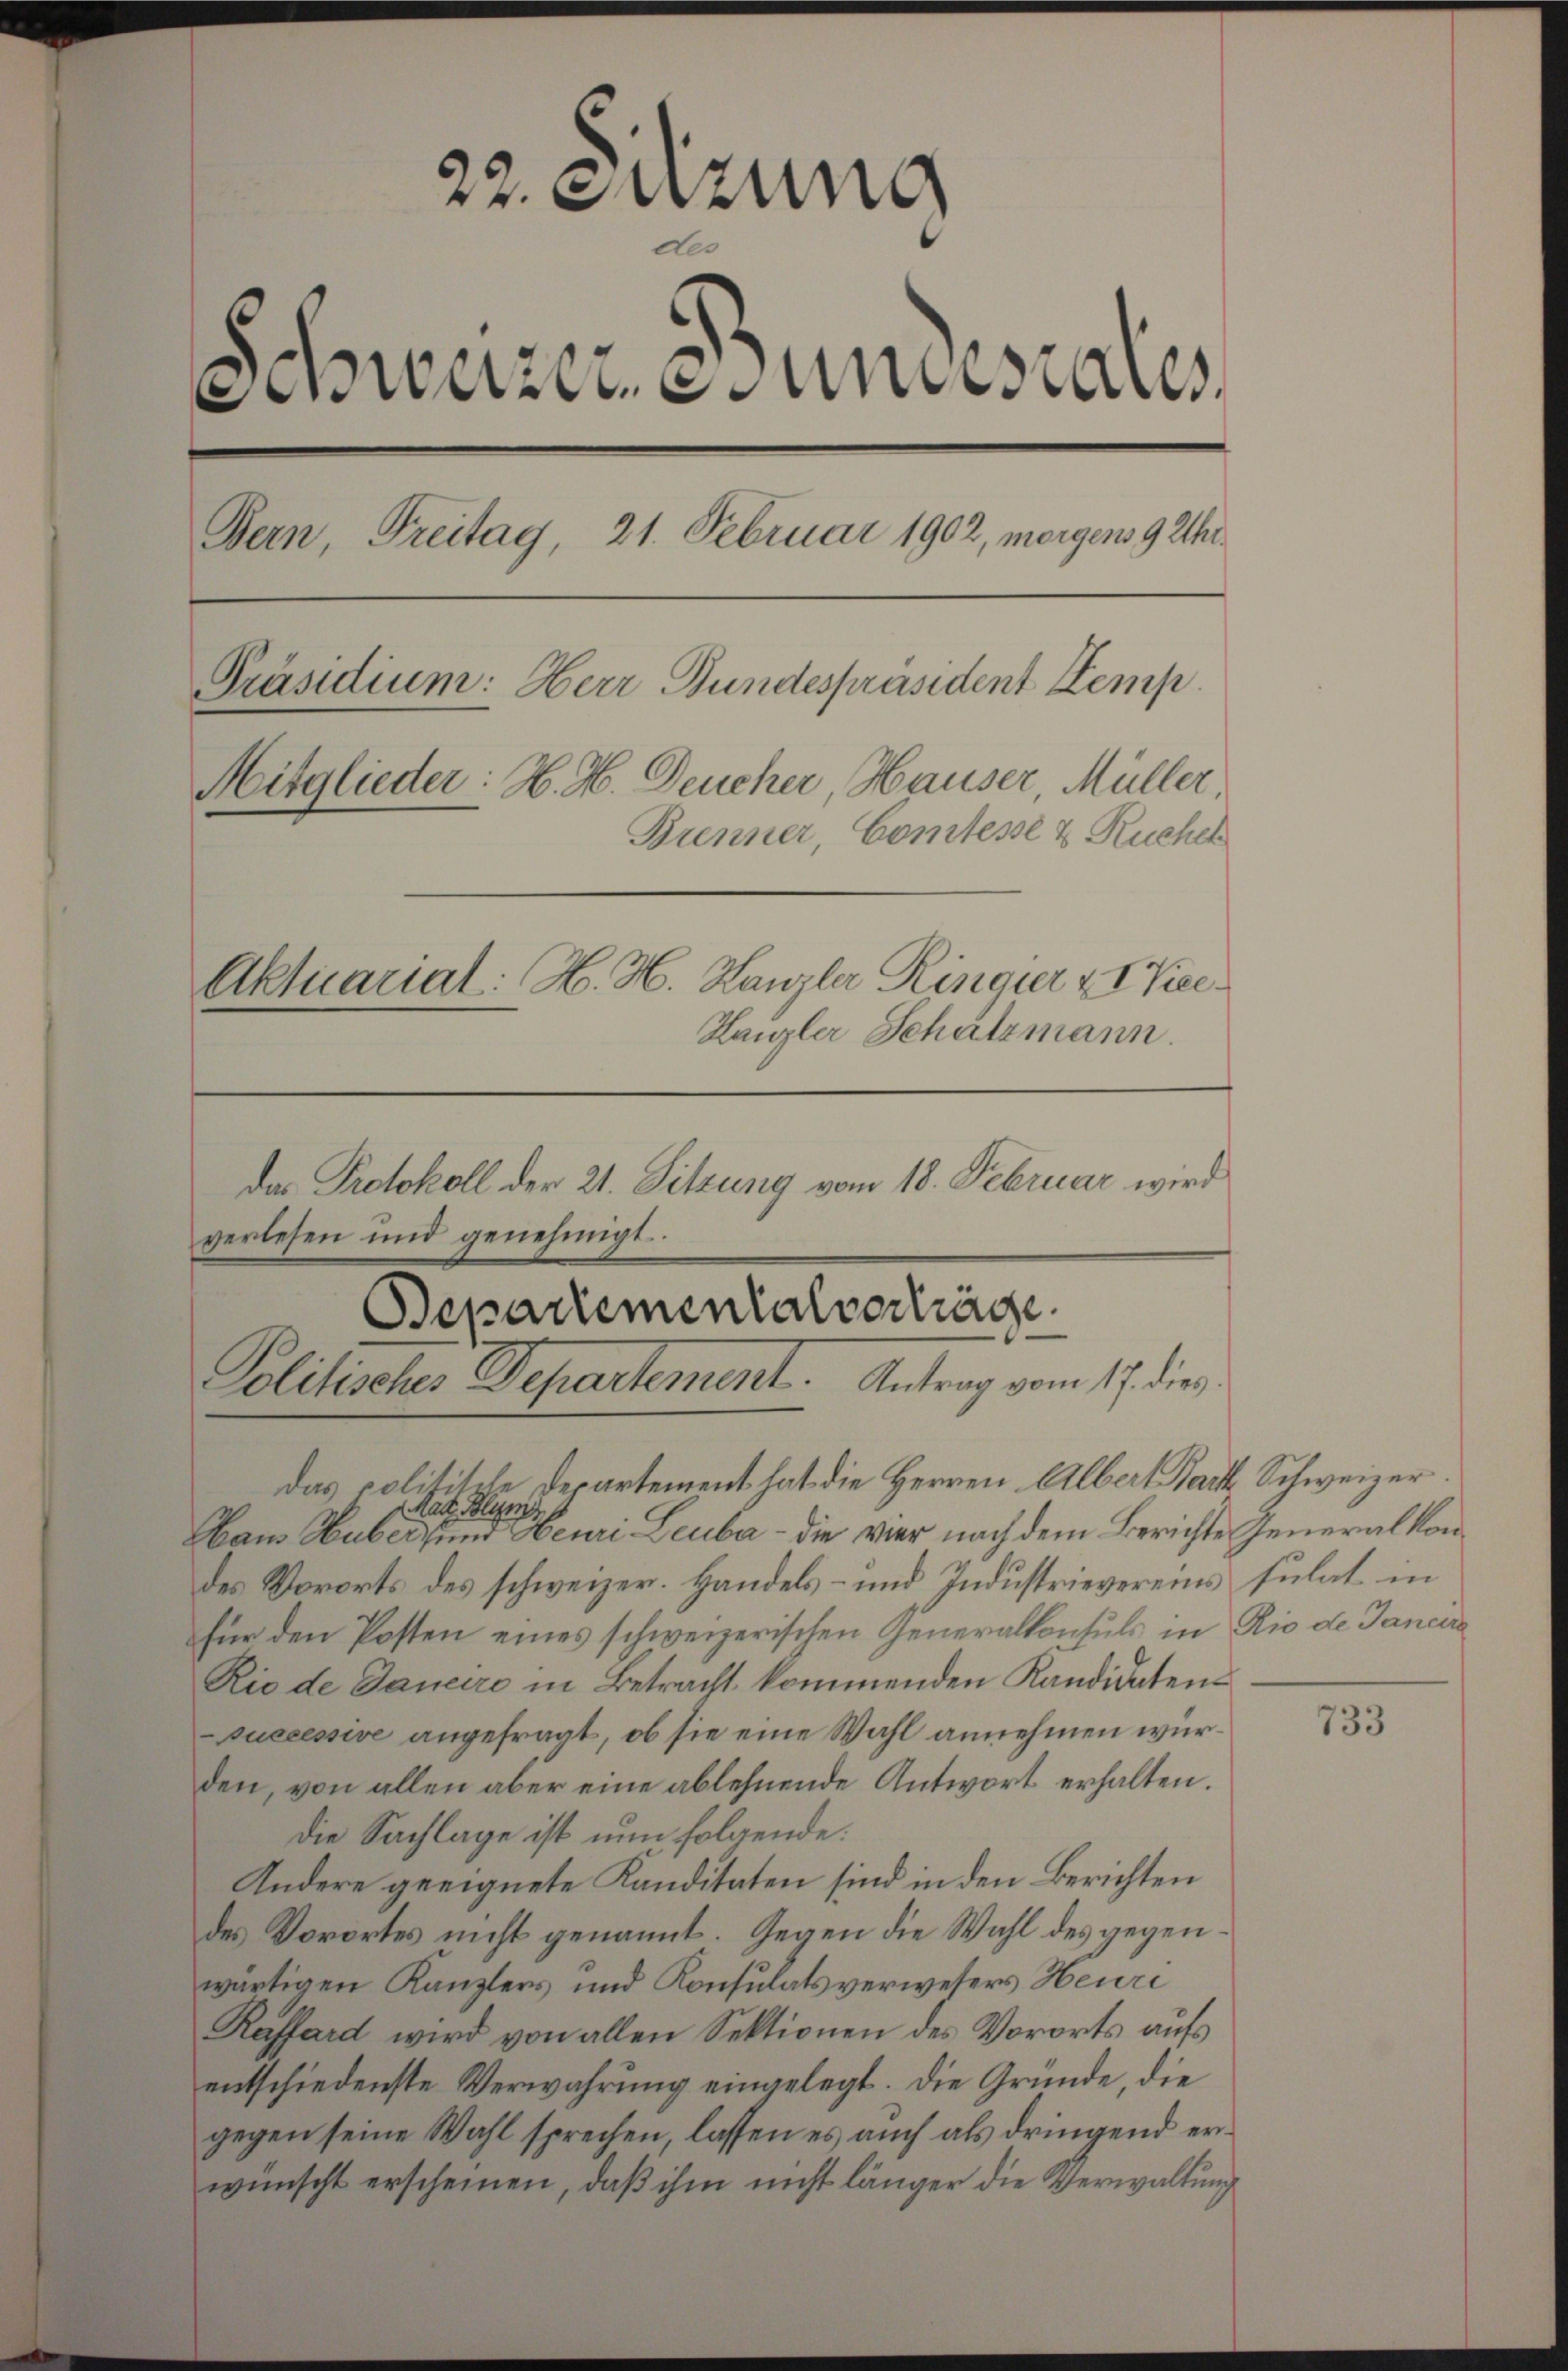
22. Jung
des
nwurzen unsrates
Bern, Freitag, 21. Februar 1902, morgen 9 Uhr¬
Präsidium: Herr Bundespräsident Kemp
Mitglieder: H. H. Deucher, Hauser, Müller,
Brenner, Comtesse & Rucher
Aktuariat: H. H. Kanzler Ringier & Vice¬
Hanzler Schatzmann.

Bepartementalverträge.
Politisches Departement. Antrag vom 17. die

das Protokoll der 21. Sitzung vom 18. Februar wird
verlesen und genehmigt.

das colitische Departement hat die Herren Albert Bart Schweizer.
Rat. Blum
Haus Huber, und Heuri Leuba - die vier nach dem Berichte Generalkondes Vororts des schweizer. Handels- und Industrievereins sulat in
für den Posten eines schweizerischen Generalkonsuls in Rio de Janua
Rio de Janeiro in Betracht kommenden Kandidatensuccessive angefragt, ob sie eine Wahl annehmen würden, von allen aber eine ablehnende Antwort erhalten.
die Sachlage ist nun folgende:
Andere geeignete Kanditaten sind in den Berichten
des Vorortes nicht genannt. Gegen die Wahl des gegenwärtigen Kanzlers und Konsulats verwesers Heure
Rassard wird von allen Sektionen des Vororts aufs
entschiedenste Verwahrung eingelegt. Die Gründe, die
gegen seine Wahl sprechen, lassen es auch als dringend erwünscht erscheinen, daß ihm nicht länger die Verwaltung

733